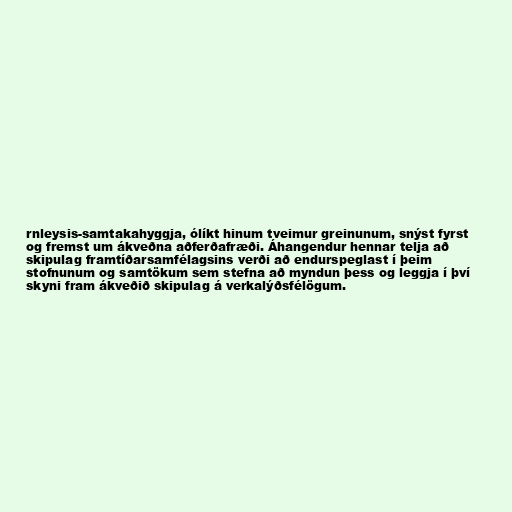
rnleysis-samtakahyggja, ólíkt hinum tveimur greinunum, snýst fyrst
og fremst um ákveðna aðferðafræði. Áhangendur hennar telja að
skipulag framtíðarsamfélagsins verði að endurspeglast í þeim
stofnunum og samtökum sem stefna að myndun þess og leggja í því
skyni fram ákveðið skipulag á verkalýðsfélögum.